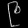
Digit: ၉